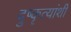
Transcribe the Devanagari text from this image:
दुष्कृत्यांशी